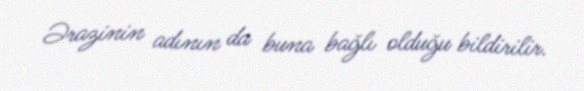
Ərazinin adının da buna bağlı olduğu bildirilir.